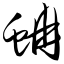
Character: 蚺